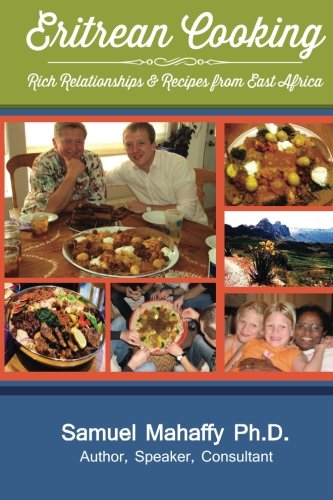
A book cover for Eritrean Cooking: Rich Relationships & Recipes from East Africa; Dr. Samuel Mahaffy; Cookbooks, Food & Wine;